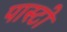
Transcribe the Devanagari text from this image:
पास्टो